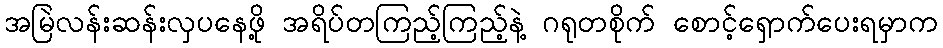
အမြဲလန်းဆန်းလှပနေဖို့ အရိပ်တကြည့်ကြည့်နဲ့ ဂရုတစိုက် စောင့်ရှောက်ပေးရမှာက